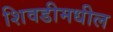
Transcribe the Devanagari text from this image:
शिवडीमधील